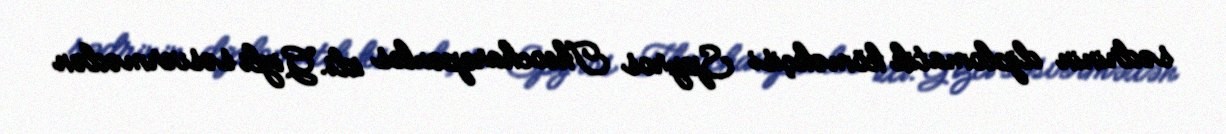
sədrinin diplomatik köməkçisi Spyros Theocharopoulos idi. Gizli səsvermədən